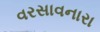
વરસાવનારા